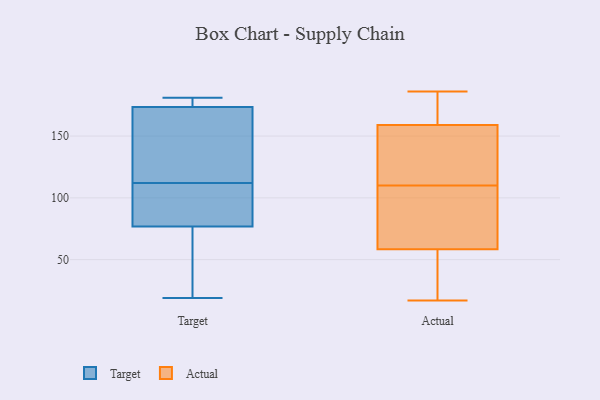
{"axis": {"x": "Market Share (%)", "y": "Value"}, "legend": ["Actual", "Target"], "data": [{"x": "", "y": 173, "type": "Target"}, {"x": "", "y": 181, "type": "Target"}, {"x": "", "y": 175, "type": "Target"}, {"x": "", "y": 19, "type": "Target"}, {"x": "", "y": 115, "type": "Target"}, {"x": "", "y": 46, "type": "Target"}, {"x": "", "y": 112, "type": "Target"}, {"x": "", "y": 87, "type": "Target"}, {"x": "", "y": 178, "type": "Target"}, {"x": "", "y": 45, "type": "Target"}, {"x": "", "y": 90, "type": "Target"}, {"x": "", "y": 98, "type": "Target"}, {"x": "", "y": 125, "type": "Target"}, {"x": "", "y": 153, "type": "Actual"}, {"x": "", "y": 169, "type": "Actual"}, {"x": "", "y": 75, "type": "Actual"}, {"x": "", "y": 17, "type": "Actual"}, {"x": "", "y": 74, "type": "Actual"}, {"x": "", "y": 37, "type": "Actual"}, {"x": "", "y": 117, "type": "Actual"}, {"x": "", "y": 43, "type": "Actual"}, {"x": "", "y": 186, "type": "Actual"}, {"x": "", "y": 165, "type": "Actual"}, {"x": "", "y": 122, "type": "Actual"}, {"x": "", "y": 103, "type": "Actual"}]}